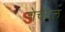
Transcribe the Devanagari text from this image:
शेचेटल